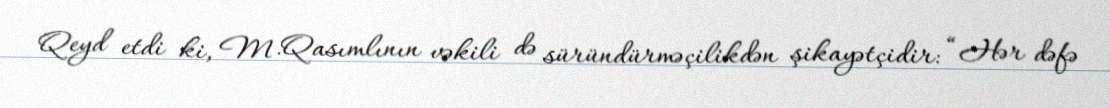
Qeyd etdi ki, M.Qasımlının vəkili də süründürməçilikdən şikayətçidir: “Hər dəfə